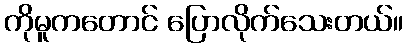
ကိုမူကတောင် ပြောလိုက်သေးတယ်။